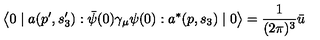
\left\langle 0 \mid a ( p ^ { \prime } , s _ { 3 } ^ { \prime } ) : \bar { \psi } ( 0 ) \gamma _ { \mu } \psi ( 0 ) : a ^ { * } ( p , s _ { 3 } ) \mid 0 \right\rangle = \frac { 1 } { ( 2 \pi ) ^ { 3 } } \bar { u }